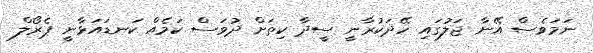
ނަމަވެސް އޭނާ ޖަލުގައި ހޭދަކުރާނީ ސީދާ ކިތަށް ދުވަސް ކަމެއް ކަނޑައަޅާނީ ޕެރޯލް